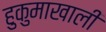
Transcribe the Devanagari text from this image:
हुकुमाखाली